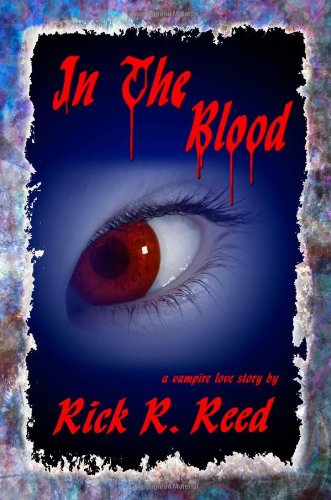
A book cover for In the Blood; Rick R Reed; Gay & Lesbian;